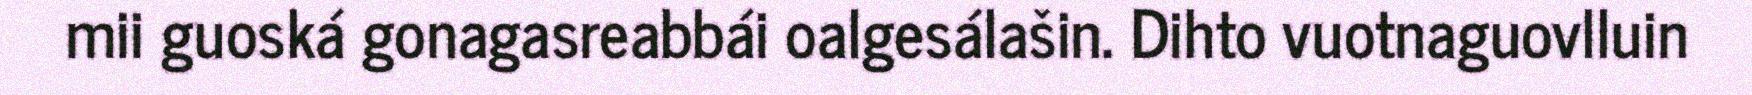
mii guoská gonagasreabbái oalgesálašin. Dihto vuotnaguovlluin